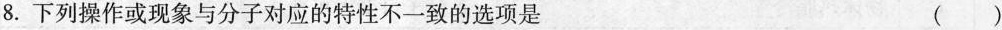
8.下列操作或现象与分子对应的特性不一致的选项是 ()